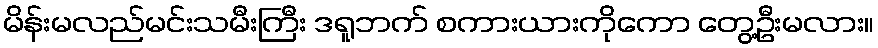
မိန်းမလည်မင်းသမီးကြီး ဒရူဘက် စကားယားကိုကော တွေ့ဦးမလား။